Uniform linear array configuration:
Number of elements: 16
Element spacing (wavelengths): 0.25
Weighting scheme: hann
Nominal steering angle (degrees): -15
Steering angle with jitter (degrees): -16.834
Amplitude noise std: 0.05
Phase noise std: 0.05

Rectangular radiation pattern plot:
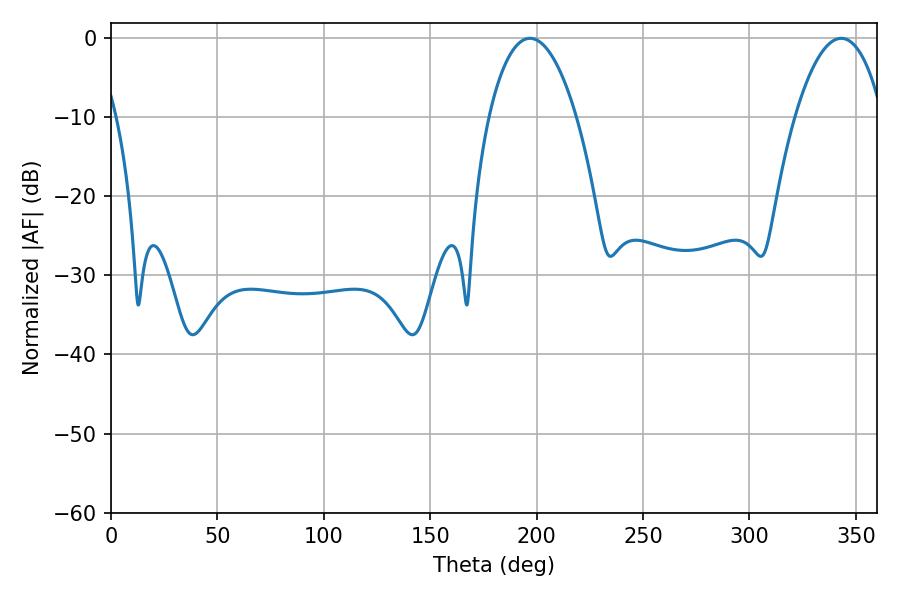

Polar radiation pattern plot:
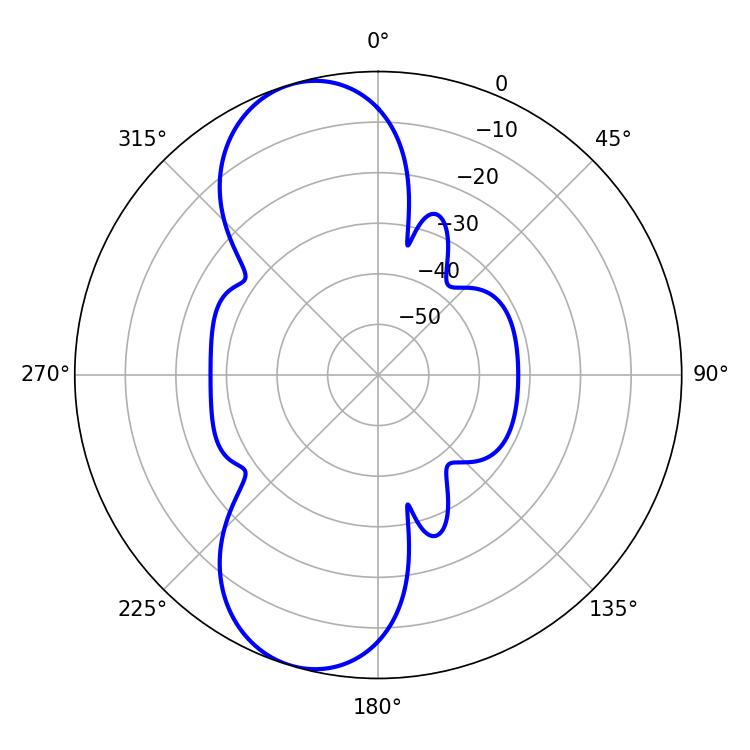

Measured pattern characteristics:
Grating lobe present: FALSE
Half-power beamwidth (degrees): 23.04
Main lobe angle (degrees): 196.92